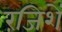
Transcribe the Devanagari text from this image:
रंजिशें